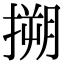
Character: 搠